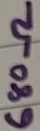
Text: 680Ω